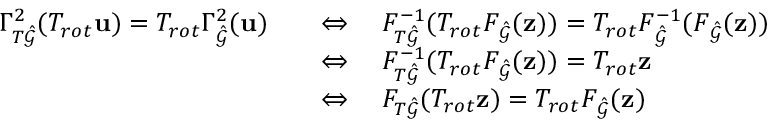
\begin{array} { r l } { \Gamma _ { T \hat { \mathcal { G } } } ^ { 2 } ( T _ { r o t } \mathbf { u } ) = T _ { r o t } \Gamma _ { \hat { \mathcal { G } } } ^ { 2 } ( \mathbf { u } ) } & { \quad \Leftrightarrow \quad F _ { T \hat { \mathcal { G } } } ^ { - 1 } ( T _ { r o t } F _ { \hat { \mathcal { G } } } ( \mathbf { z } ) ) = T _ { r o t } F _ { \hat { \mathcal { G } } } ^ { - 1 } ( F _ { \hat { \mathcal { G } } } ( \mathbf { z } ) ) } \\ & { \quad \Leftrightarrow \quad F _ { T \hat { \mathcal { G } } } ^ { - 1 } ( T _ { r o t } F _ { \hat { \mathcal { G } } } ( \mathbf { z } ) ) = T _ { r o t } \mathbf { z } } \\ & { \quad \Leftrightarrow \quad F _ { T \hat { \mathcal { G } } } ( T _ { r o t } \mathbf { z } ) = T _ { r o t } F _ { \hat { \mathcal { G } } } ( \mathbf { z } ) } \end{array}